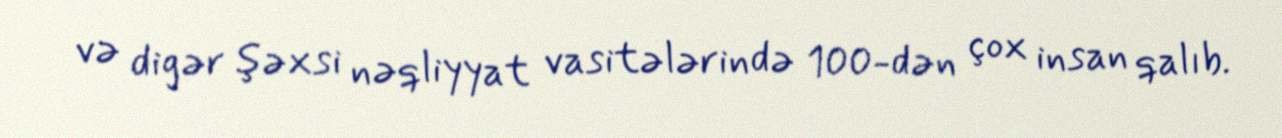
və digər şəxsi nəqliyyat vasitələrində 100-dən çox insan qalıb.